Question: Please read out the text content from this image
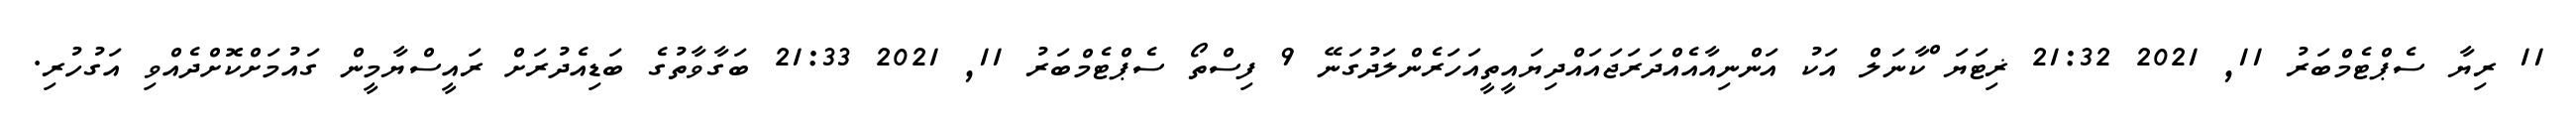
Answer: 11 ރިޔާ ސެޕްޓެމްބަރު 11, 2021 21:32 ޜިޓަޔަޱްކާނަލް އަކު އަންނިއާއެއްދަރަޖައައްދިޔައީތީއަހަރެންލަދުގަނޭ 9 ފިސްތޯ ސެޕްޓެމްބަރު 11, 2021 21:33 ބަގާވާތުގެ ބަޑިއެދުރަށް ރައީސްޔާމީން ގައުމަށްކޮށްދެއްވި އަގުހުރި.